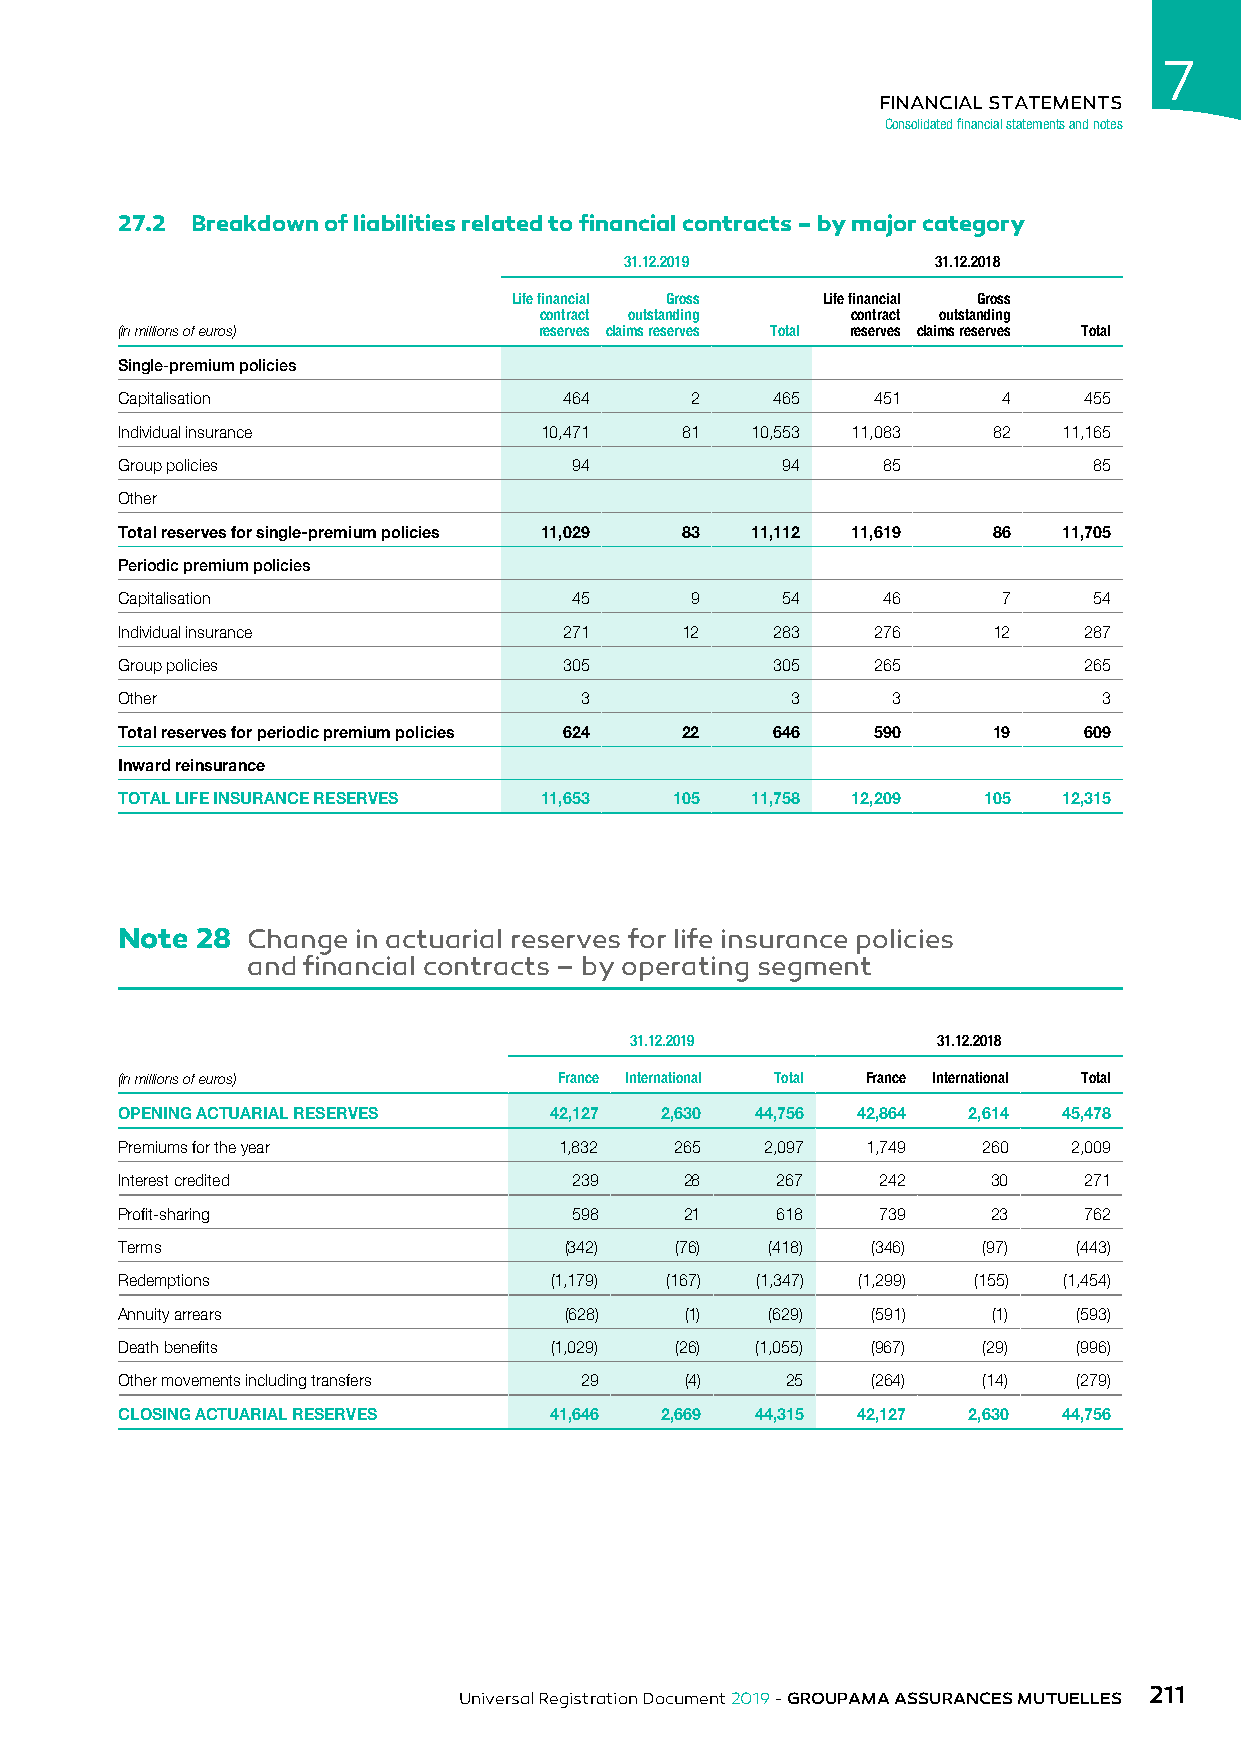
7
 FINANCIAL STATEMENTS
 Consolidated financial statements and notes
 27.2 Breakdown of liabilities related to financial contracts – by major category
 31.12.2019           31.12.2018
 Life financial Gross Life financial Gross
 contract outstanding contract outstanding
 (in millions of euros)      reserves claims reserves Total reserves claims reserves Total
 Single-premium policies
 Capitalisation               464      2    465    451     4     455
 Individual insurance        10,471   81   10,553 11,083   82  11,165
 Group policies                94            94    85            85
 Other
 Total reserves for single-premium policies 11,029 83 11,112 11,619 86 11,705
 Periodic premium policies
 Capitalisation                45      9     54    46      7     54
 Individual insurance         271     12    283    276     12    287
 Group policies               305           305    265           265
 Other                         3             3      3             3
 Total reserves for periodic premium policies 624 22 646 590 19  609
 Inward reinsurance
 TOTAL LIFE INSURANCE RESERVES 11,653 105  11,758 12,209  105  12,315
 Note 28 Change  in actuarial reserves for life insurance policies
 and financial contracts – by operating segment
 31.12.2019          31.12.2018
 (in millions of euros)       France International Total France International Total
 OPENING ACTUARIAL RESERVES  42,127  2,630 44,756 42,864 2,614 45,478
 Premiums for the year        1,832   265   2,097 1,749   260   2,009
 Interest credited             239    28    267    242     30    271
 Profit-sharing                598    21    618    739     23    762
 Terms                        (342)   (76)  (418)  (346)  (97)  (443)
 Redemptions                 (1,179) (167) (1,347) (1,299) (155) (1,454)
 Annuity arrears              (628)   (1)   (629)  (591)   (1)  (593)
 Death benefits              (1,029)  (26) (1,055) (967)  (29)  (996)
 Other movements including transfers 29 (4)  25    (264)  (14)  (279)
 CLOSING ACTUARIAL RESERVES  41,646  2,669 44,315 42,127 2,630 44,756
 211
 Universal Registration Document 2019 - GROUPAMA ASSURANCES MUTUELLES